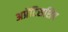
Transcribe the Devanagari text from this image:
अप्रेंटिसशिप